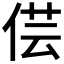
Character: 𠊁